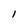
Character: 1